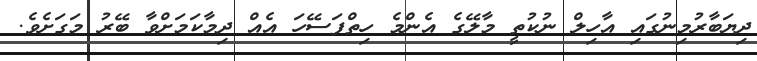
ދިޔަބާރުމިނުގައި އާހިލް ނުކުތީ މާލޭގެ އެންމެ ހިތްފަސޭހަ އެއް ދިމާކަމަށްވާ ބޭރު މަގަށެވެ.